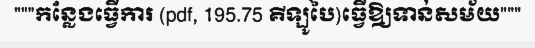
"""កន្លែងធ្វើការ (pdf, 195.75 គីឡូបៃ)ធ្វើឱ្យទាន់សម័យ"""